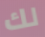
لك